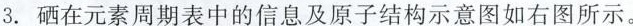
3.硒在元素周期表中的信息及原子结构示意图如右图所示。